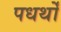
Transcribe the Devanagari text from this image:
पधर्थों